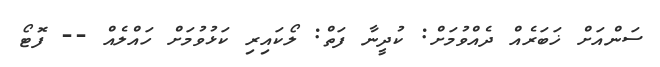
ސަންއަށް ޚަބަރެއް ދެއްވުމަށް: ކުދީނާ ފަތް: ލޯކައިރި ކަޅުވުމަށް ހައްލެއް -- ފޮޓޯ